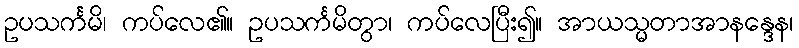
ဥပသင်္ကမိ၊ ကပ်လေ၏။ ဥပသင်္ကမိတွာ၊ ကပ်လေပြီး၍။ အာယသ္မတာအာနန္ဒေန၊